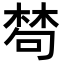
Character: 𣕽